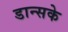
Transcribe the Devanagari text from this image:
डान्सके